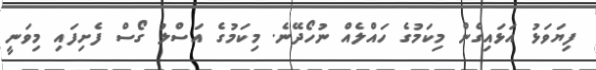
ފިޔަވަޅު އަޅައިގެން މިކަމުގެ ހައްލެއް ނުހޯދޭނެ. މިކަމުގެ އަސްލު ގޯސް ފެށިފައި މިވަނީ